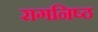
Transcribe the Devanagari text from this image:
रागनिष्ठ